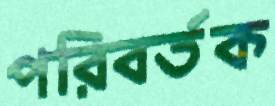
পরিবর্তক